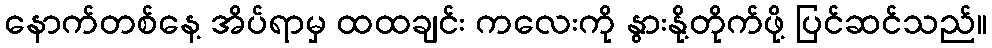
နောက်တစ်နေ့ အိပ်ရာမှ ထထချင်း ကလေးကို နွားနို့တိုက်ဖို့ ပြင်ဆင်သည်။